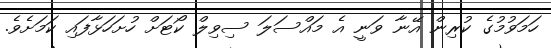
ހަމަވުމުގެ ކުރިން އޭނާ ވަނީ އެ މައްސަލަ ސިވިލް ކޯޓަށް ހުށަހަޅާފައި ކަމަށެވެ.